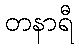
တနာရီ